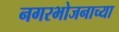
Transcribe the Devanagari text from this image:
नगरभोजनाच्या